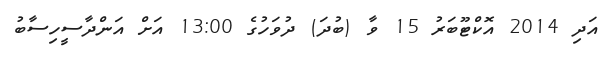
އަދި 2014 އޮކްޓޫބަރު 15 ވާ (ބުދަ) ދުވަހުގެ 13:00 އަށް އަންދާސީހިސާބު